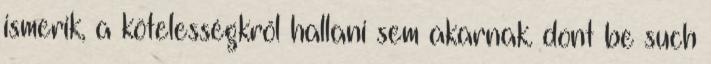
ismerik, a kötelességkről hallani sem akarnak. dont be such